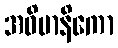
အဓိမာနိကော